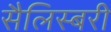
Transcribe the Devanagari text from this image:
सैलिस्बरी